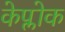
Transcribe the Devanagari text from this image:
केप्लोक